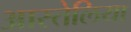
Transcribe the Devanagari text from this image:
आस्तेलिया